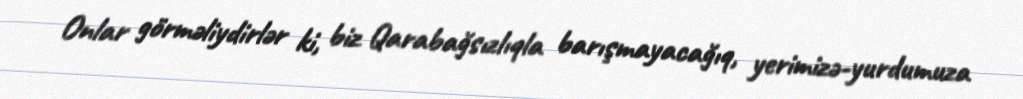
Onlar görməliydirlər ki, biz Qarabağsızlıqla barışmayacağıq, yerimizə-yurdumuza